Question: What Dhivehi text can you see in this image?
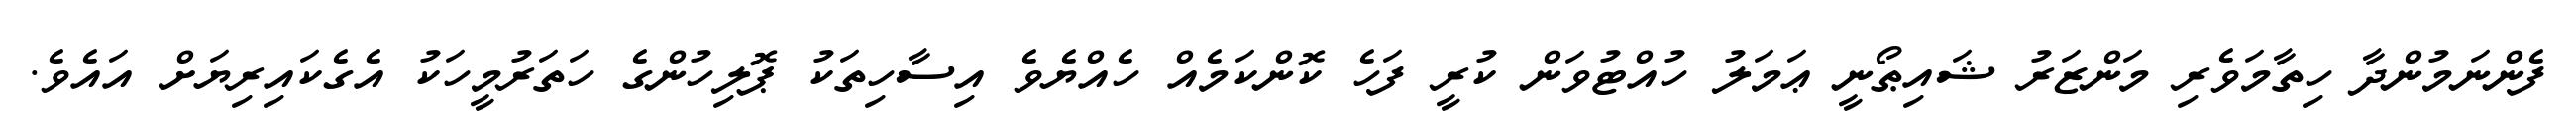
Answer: ފެންނަމުންދާ ހިތާމަވެރި މަންޒަރު ޝައިޠޯނީ ޢަމަލު ހުއްޓުވަން ކުރީ ފަހެ ކޮންކަމެއް ހެއްޔެވެ އިސާހިތަކު ޕޮލިހުންގެ ހަތަރުމީހަކު އެގެކައިރިޔަށް އައެވެ.